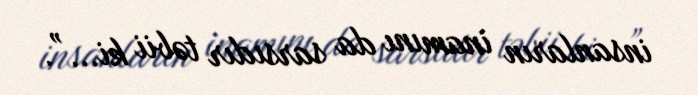
insanların inamını da sarsıdır təbii ki...”.